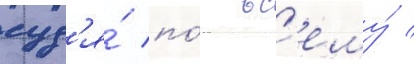
суд'я́ по́ вс'ему́ /